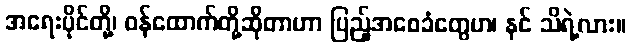
အရေးပိုင်တို့၊ ဝန်ထောက်တို့ဆိုတာဟာ ပြည့်အစေခံတွေဟ၊ နင် သိရဲ့လား။